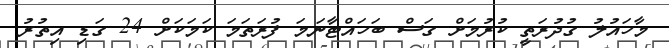
މާހައުލު ގުދުރަތީ ކުރުމަށް ގަސް ބަހައްޓާނަމަ ފުރަތަމަ ކަމަކަށް 24 ގަޑި އިތުރު